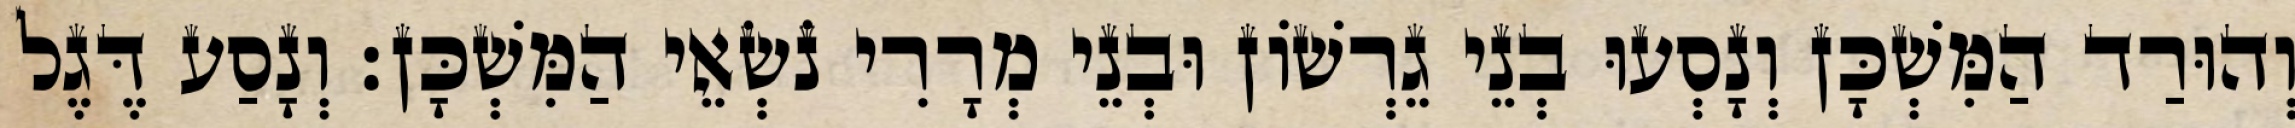
וְהוּרַד הַמִּשְׁכָּן וְנָסְעוּ בְנֵי גֵרְשׁוֹן וּבְנֵי מְרָרִי נֹשְׂאֵי הַמִּשְׁכָּן׃ וְנָסַע דֶּגֶל